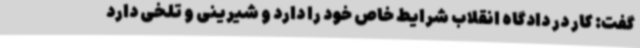
گفت: کار در دادگاه انقلاب شرایط خاص خود را دارد و شیرینی و تلخی دارد